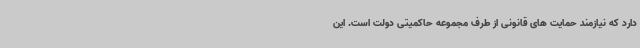
دارد که نیازمند حمایت های قانونی از طرف مجموعه حاکمیتی دولت است. این